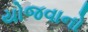
યોજવાનો